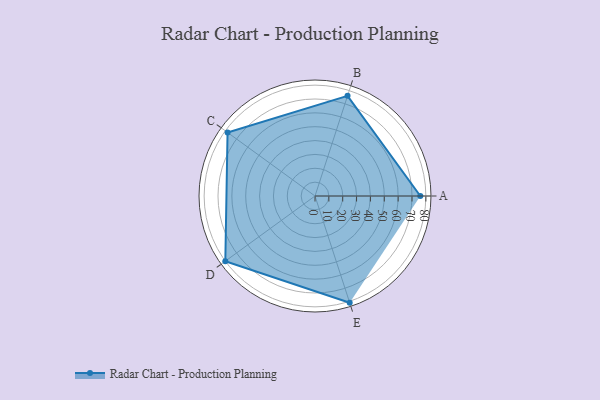
{"axis": {"x": "Skill", "y": "Score"}, "legend": ["Profile"], "data": [{"x": "A", "y": 76.0, "type": "Profile"}, {"x": "B", "y": 76.0, "type": "Profile"}, {"x": "C", "y": 78.0, "type": "Profile"}, {"x": "D", "y": 80.0, "type": "Profile"}, {"x": "E", "y": 81.0, "type": "Profile"}]}